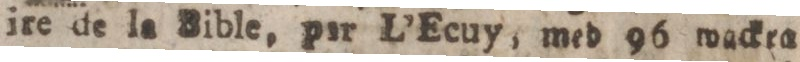
ire de la Bible, pir L’Ecuy, med 96 wackra